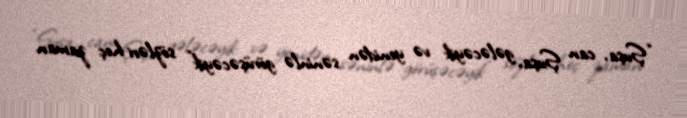
“Şuşa, can Şuşa, gələcəyik və yenidən səninlə görüşəcəyik” sözləri heç zaman